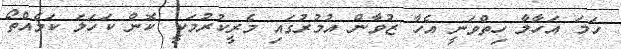
ހަމަ އަހާލާ ހިތްވަނީ އެހާ ޒުވާން އުމުރުގައި މެރީކުރުމަކީ ކޮން ކަހަލަ ކަމެއްތޯ